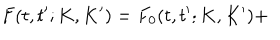
F ( t , t ^ { \prime } ; K , K ^ { \prime } ) = F _ { 0 } ( t , t ^ { \prime } ; K , K ^ { \prime } ) +